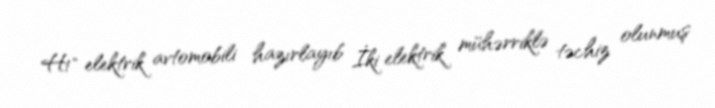
H1" elektrik avtomobili hazırlayıb İki elektrik mühərriklə təchiz olunmuş